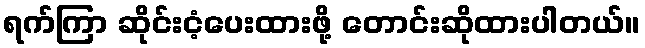
ရက်ကြာ ဆိုင်းငံ့ပေးထားဖို့ တောင်းဆိုထားပါတယ်။